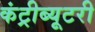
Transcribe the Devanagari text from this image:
कंट्रीब्यूटरी